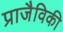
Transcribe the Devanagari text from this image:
प्राजैविकी